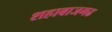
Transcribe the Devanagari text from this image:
शहाबाजगढ